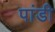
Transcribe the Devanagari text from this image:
पांडी